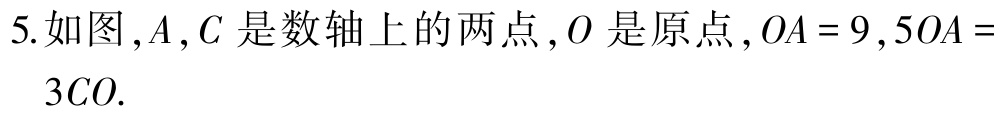
5.如图，\(A,C\)是数轴上的两点，\(O\)是原点，\(OA = 9\)，\(5OA = 3CO\).